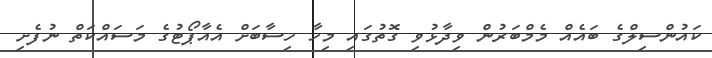
ކައުންސިލްގެ ބައެއް މެމްބަރުން ވިދާޅުވި ގޮތުގައި މިހާ ހިސާބަށް އެއާޕޯޓުގެ މަސައްކަތް ނުފެށި